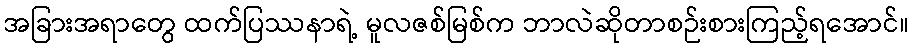
အခြားအရာတွေ ထက်ပြဿနာရဲ့ မူလဇစ်မြစ်က ဘာလဲဆိုတာစဉ်းစားကြည့်ရအောင်။